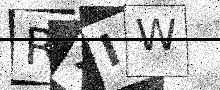
Text: RXIW